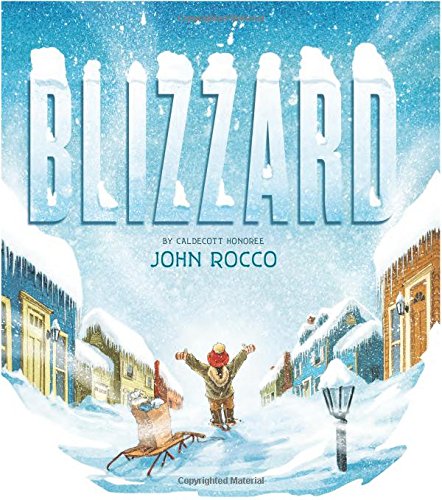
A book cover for Blizzard; John Rocco; Children's Books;